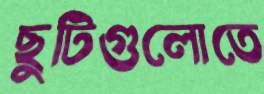
ছুটিগুলোতে